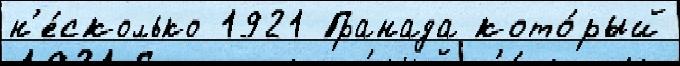
н'е́сколько 1921 Гранада кото́рый